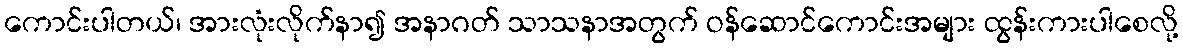
ကောင်းပါတယ်၊ အားလုံးလိုက်နာ၍ အနာဂတ် သာသနာအတွက် ဝန်ဆောင်ကောင်းအများ ထွန်းကားပါစေလို့